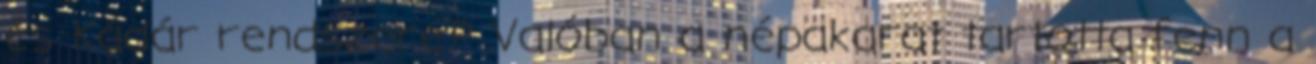
és Kádár rendszere? Valóban a népakarat tartotta fenn a